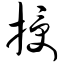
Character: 授